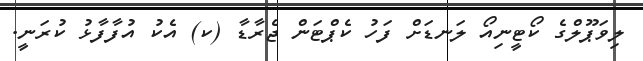
ލިވަޕޫލްގެ ކޯޓީނިއޯ ލަނޑަށް ފަހު ކެޕްޓަން ޖެރާޑާ (ކ) އެކު އުފާފާޅު ކުރަނީ.